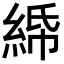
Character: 𦀦